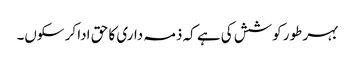
بہر طور کوشش کی ہے کہ ذمہ داری کا حق ادا کر سکوں۔